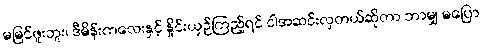
မမြင်ဖူးဘူး၊ ဒီမိန်းကလေးနှင့် နှိုင်းယှဉ်ကြည့်ရင် ငါအဆင်းလှတယ်ဆိုတာ ဘာမျှ မပြော